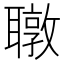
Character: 𬚧